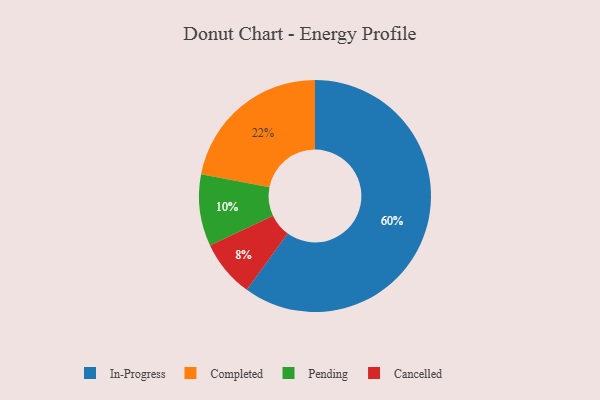
{"axis": {"x": "Category", "y": "Percentage"}, "legend": ["Cancelled", "Completed", "In-Progress", "Pending"], "data": [{"x": "Completed", "y": 22, "type": "Completed"}, {"x": "Pending", "y": 10, "type": "Pending"}, {"x": "In-Progress", "y": 60, "type": "In-Progress"}, {"x": "Cancelled", "y": 8, "type": "Cancelled"}]}